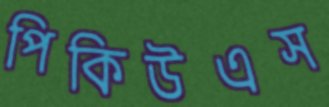
পিকিউএস